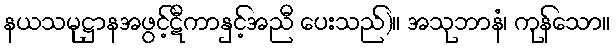
နယသမုဋ္ဌာနအဖွင့်ဋီကာနှင့်အညီ ပေးသည်)။ အသုဘာနံ၊ ကုန်သော။